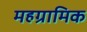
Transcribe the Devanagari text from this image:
महग्रामिक